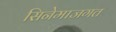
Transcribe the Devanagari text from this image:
सिनेमाजगत